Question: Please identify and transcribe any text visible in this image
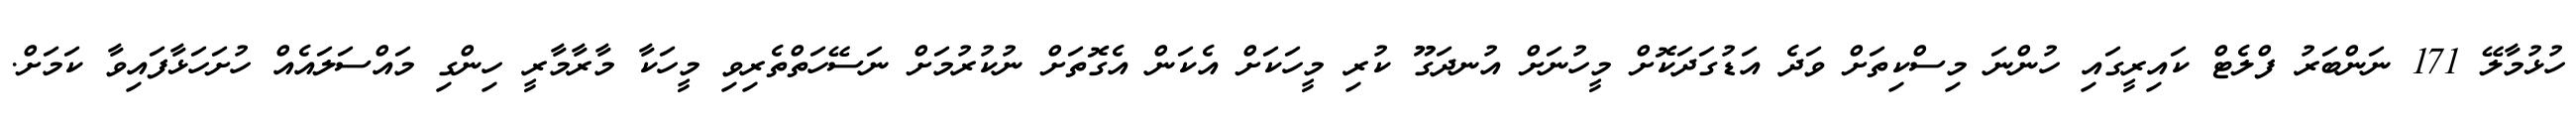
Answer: ހުޅުމާލޭ 171 ނަންބަރު ފްލެޓް ކައިރީގައި ހުންނަ މިސްކިތަށް ވަދެ އަޑުގަދަކޮށް މީހުނަށް އުނދަގޫ ކުރި މީހަކަށް އެކަން އެގޮތަށް ނުކުރުމަށް ނަސޭހަތްތެރިވި މީހަކާ މާރާމާރީ ހިންގި މައްސަލައެއް ހުށަހަޅާފައިވާ ކަމަށް.